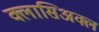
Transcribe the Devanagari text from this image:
क्लासिअक्ल